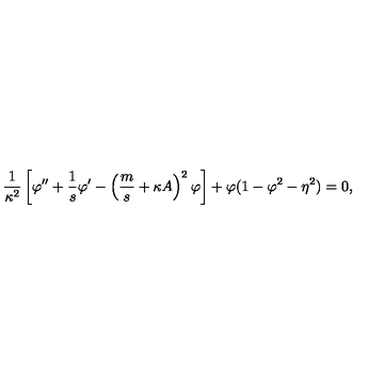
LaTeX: \frac { 1 } { \kappa ^ { 2 } } \left[ \varphi ^ { \prime \prime } + \frac { 1 } { s } \varphi ^ { \prime } - \left( \frac { m } { s } + \kappa A \right) ^ { 2 } \varphi \right] + \varphi ( 1 - \varphi ^ { 2 } - \eta ^ { 2 } ) = 0 ,